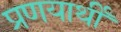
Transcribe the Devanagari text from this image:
प्रणयार्थी